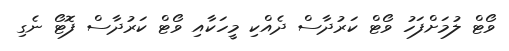
ވޯޓް ލުމަށްފަހު ވޯޓް ކަރުދާސް ދެއްކި މީހަކާއި ވޯޓް ކަރުދާސް ފޮޓޯ ނެގި